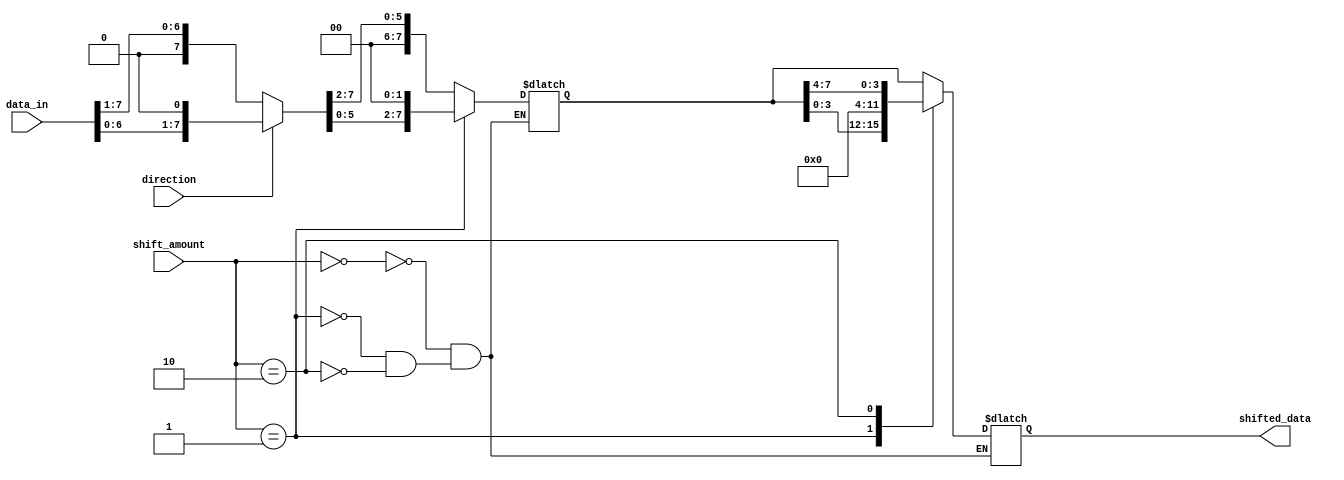
module Sparse_Barrel_Shifter (
    input [7:0] data_in, // 8-bit input data
    input [2:0] shift_amount, // 3-bit control signal for shifting amount
    input direction, // 1-bit control signal for shifting direction (0: right, 1: left)
    output reg [7:0] shifted_data // 8-bit shifted output data
);

// Declare internal wire and reg signals
wire [7:0] stage0_out;
reg [7:0] stage1_out;
reg [7:0] stage2_out;

// Stage 0: shifting by 1 bit
assign stage0_out = (direction) ? data_in << 1 : data_in >> 1;

// Stage 1: shifting by 2 bits
always @ (*) begin
    case (shift_amount)
        3'b000: stage1_out = stage0_out >> 2; // no shift
        3'b001: stage1_out = stage0_out << 2; // shift left by 2 bits
        3'b010: stage1_out = stage0_out >> 2; // shift right by 2 bits
        // Add more cases for different shift amounts
    endcase
end

// Stage 2 and final output
always @ (*) begin
    case (shift_amount)
        3'b000: shifted_data = stage1_out; // no shift
        3'b001: shifted_data = stage1_out << 4; // shift left by 4 bits
        3'b010: shifted_data = stage1_out >> 4; // shift right by 4 bits
        // Add more cases for different shift amounts
    endcase
end

endmodule